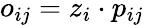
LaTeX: o_{ij}=z_{i}\cdot p_{ij}